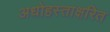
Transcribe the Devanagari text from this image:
अधोहस्ताक्षरित